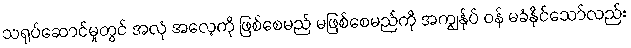
သရုပ်ဆောင်မှုတွင် အလုံ အလေ့ကို ဖြစ်စေမည် မဖြစ်စေမည်ကို အကျွန်ုပ် ဝန် မခံနိုင်သော်လည်း